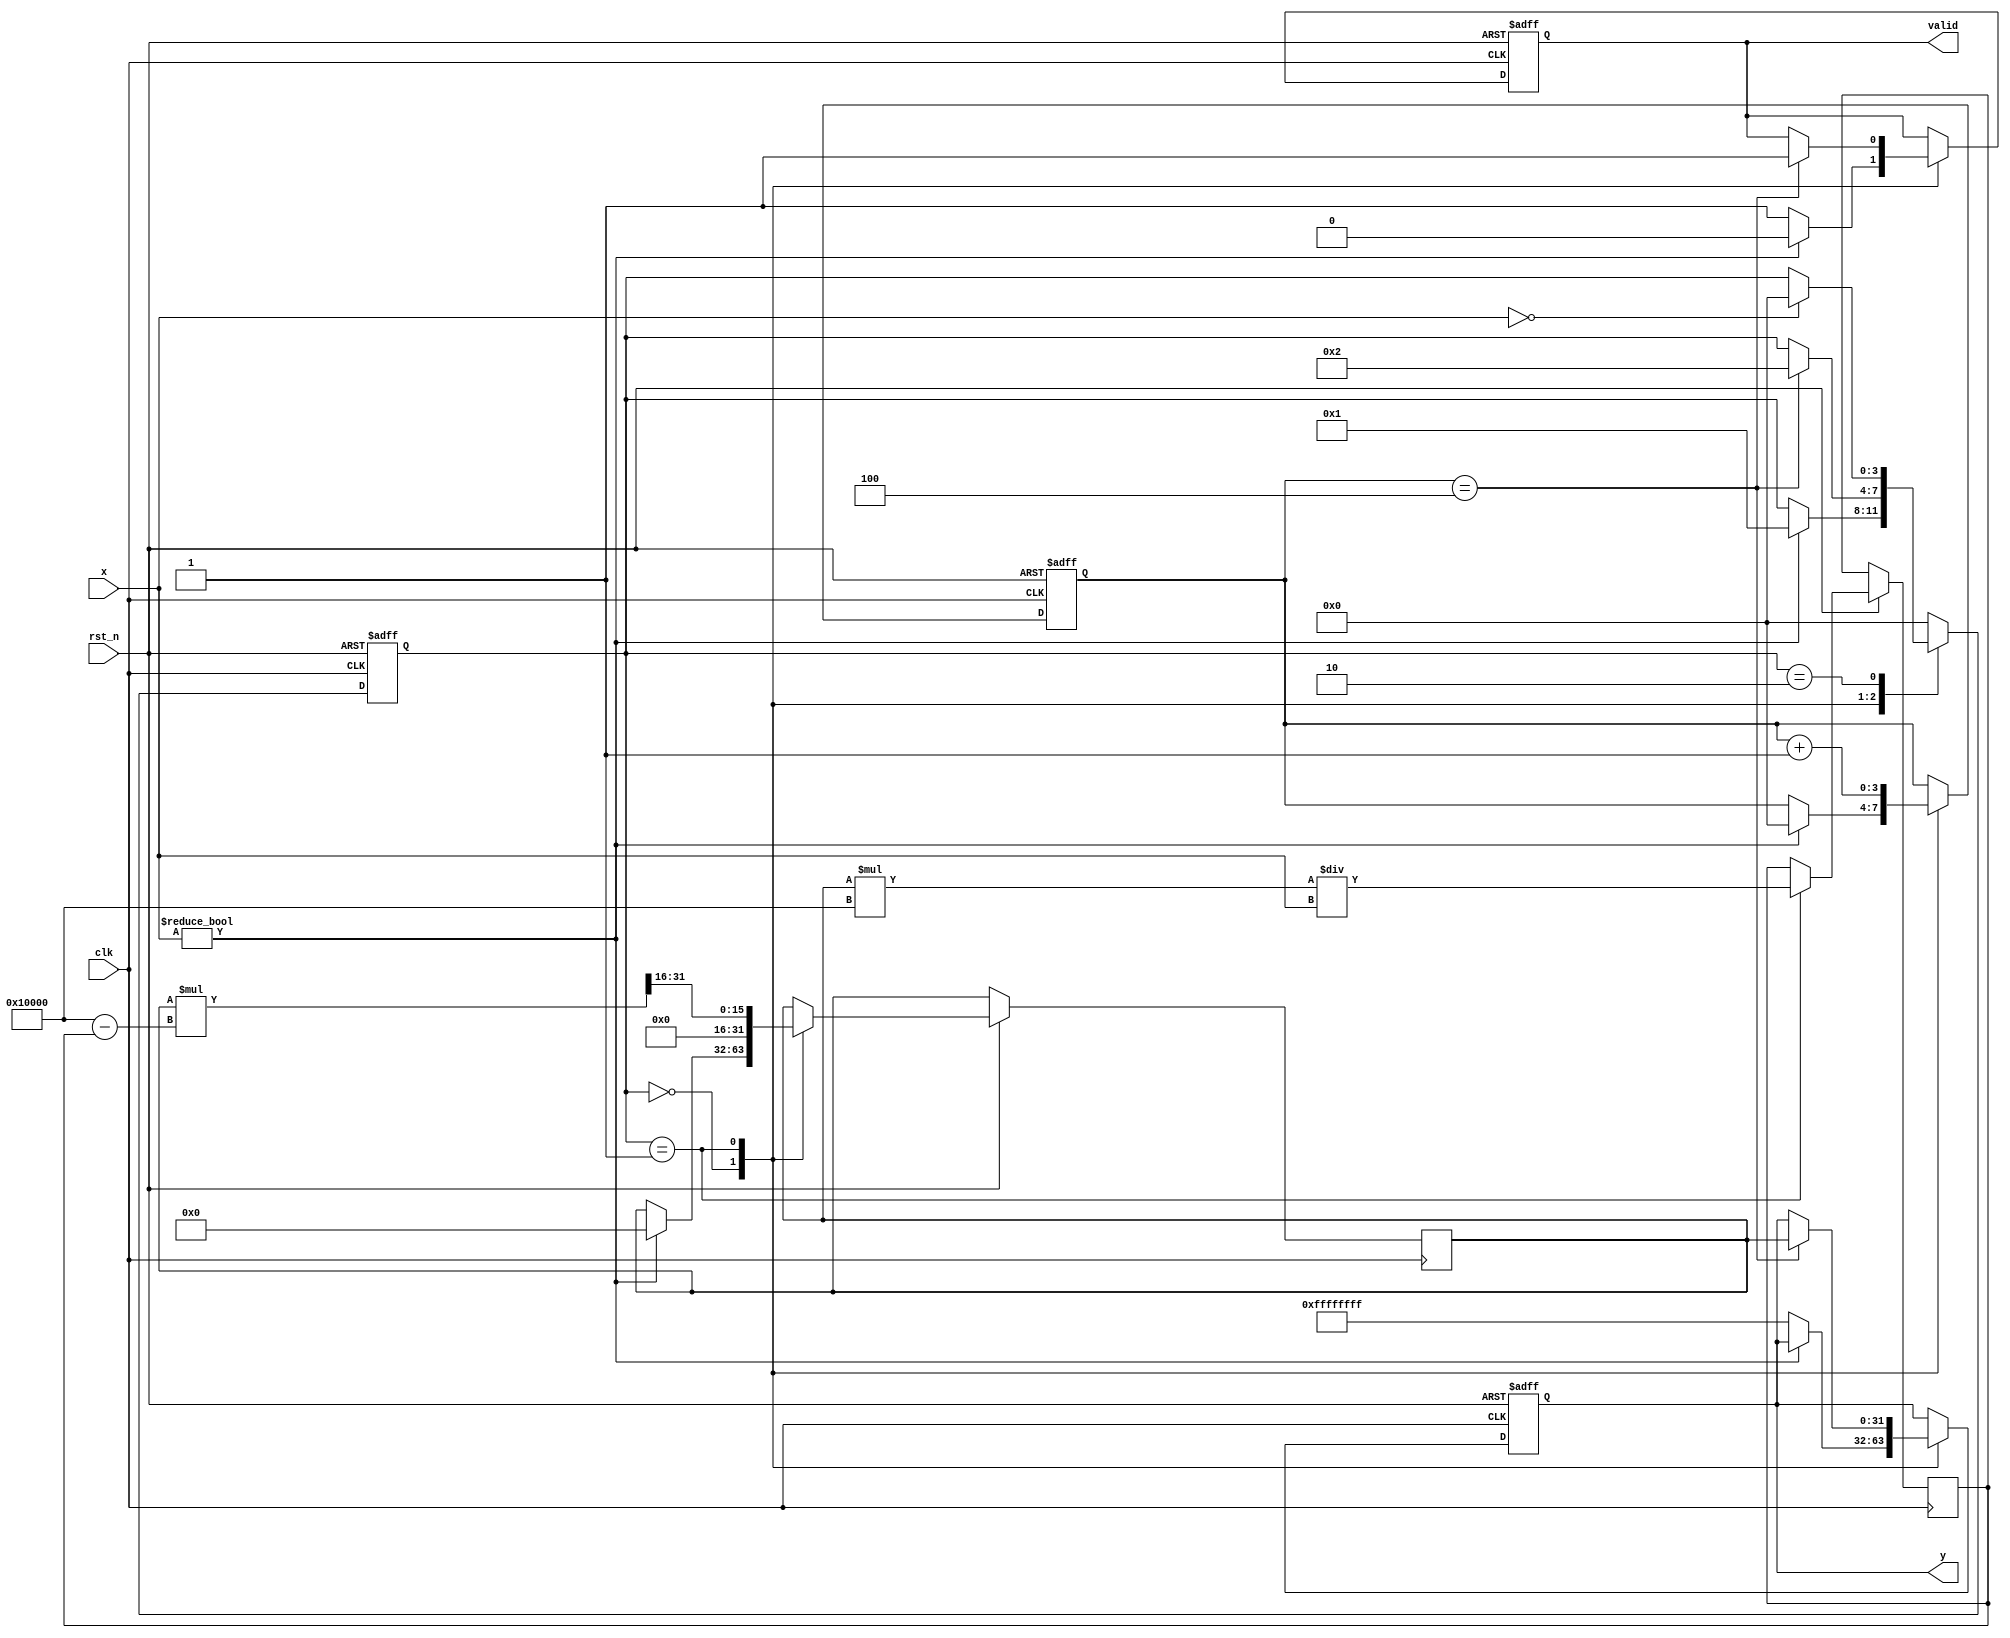
module FixedPointReciprocal #(
    parameter M = 16, // Number of integer bits
    parameter N = 16, // Number of fractional bits
    parameter MAX_VALUE = (1 << (M + N)) - 1 // Maximum value for Qm.n
)(
    input wire clk,
    input wire rst_n,
    input wire [M + N - 1:0] x, // Input fixed-point number
    output reg [M + N - 1:0] y, // Output fixed-point reciprocal
    output reg valid // Output valid signal
);

    // Internal signals
    reg [M + N - 1:0] approx; // Approximation of the reciprocal
    reg [M + N - 1:0] x_inv; // Inverse of x
    reg [3:0] state; // State for FSM
    reg [3:0] iteration; // Iteration counter

    // State encoding
    localparam IDLE = 4'b0000,
               CALC = 4'b0001,
               DONE = 4'b0010;

    // Initial output
    initial begin
        y = 0;
        valid = 0;
        state = IDLE;
        iteration = 0;
    end

    // Main FSM
    always @(posedge clk or negedge rst_n) begin
        if (!rst_n) begin
            y <= 0;
            valid <= 0;
            state <= IDLE;
            iteration <= 0;
        end else begin
            case (state)
                IDLE: begin
                    if (x != 0) begin
                        // Initialize approximation (1/x)
                        approx <= (1 << (M + N)); // Start with 1.0 in Qm.n format
                        state <= CALC;
                        iteration <= 0;
                        valid <= 0;
                    end else begin
                        // Handle zero input case
                        y <= MAX_VALUE; // or some error code
                        valid <= 1;
                    end
                end

                CALC: begin
                    // Newton-Raphson iteration: approx = approx * (2 - x * approx)
                    x_inv <= approx * (1 << N) / x; // Scale x for fixed-point division
                    approx <= approx * (2 ** N - x_inv) >> N; // Update approximation

                    iteration <= iteration + 1;
                    if (iteration == 4) begin // 4 iterations for convergence
                        y <= approx; // Final approximation
                        valid <= 1;
                        state <= DONE;
                    end
                end

                DONE: begin
                    // Stay in DONE state until reset
                    if (x == 0) begin
                        state <= IDLE; // Reset state if input is zero
                    end
                end

                default: state <= IDLE;
            endcase
        end
    end

endmodule